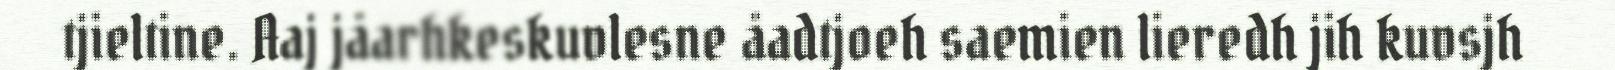
tjieltine. Aaj jåarhkeskuvlesne åadtjoeh saemien lieredh jih kuvsjh